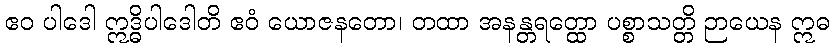
ဧဝ ပါဒေါ ဣဒ္ဓိပါဒေါတိ ဧဝံ ယောဇနတော၊ တထာ အနန္တရတ္ထော ပစ္စာသတ္တိ ဉာယေန ဣဓ